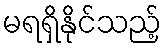
မရရှိနိုင်သည့်